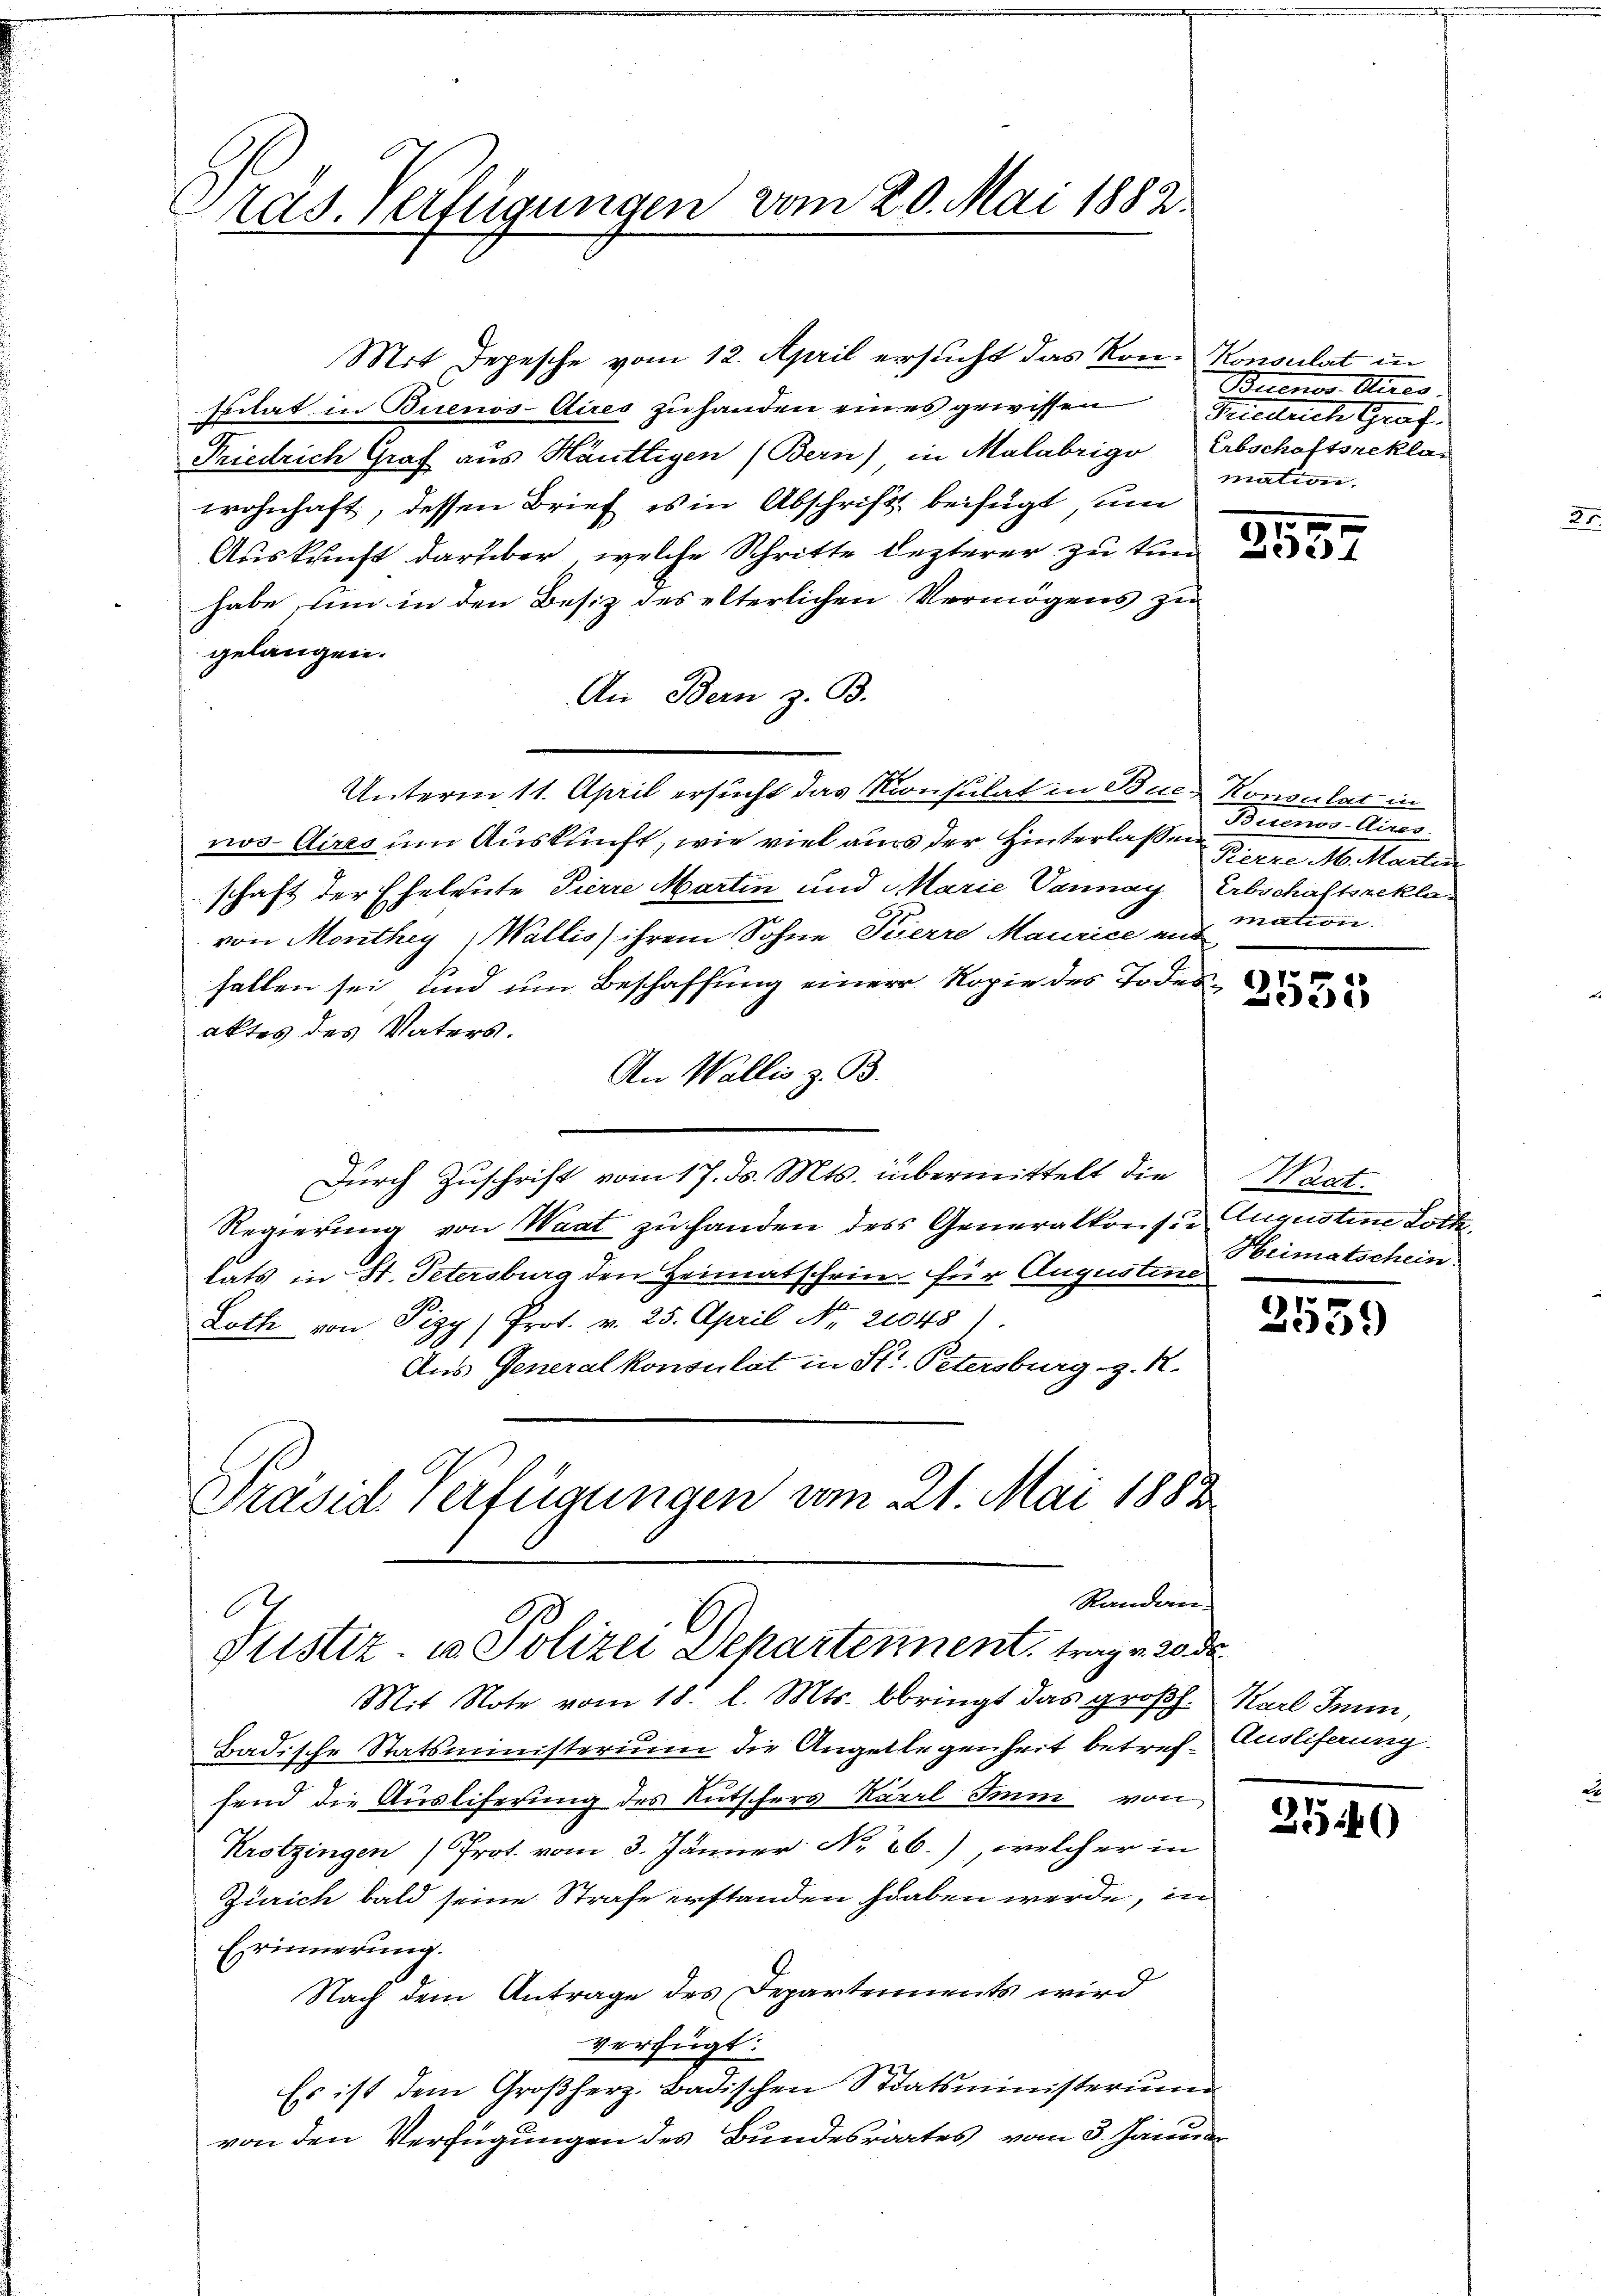
rad. Verfügungen vom 20. Mai 1882.

Mit Depesche vom 12. April ersucht das Kon- Konsulat in
spilat in Buenos-Aires zu handen eines gewissen Tiedrich Graf
Friedrich Graf aus Hauttigen (Bern) in Malabrige Erbschaftsreklawohnhaft, dessen Brief es in Abschrift beifügt un
Auskunft darüber, welche Schritte lezterer zu tun
habe um in den Besiz des elterlichen Vermögens zu
gelangen.
An Bern z. B.
Unterm 11. April ersucht das Konsulat in Buch Konsulat in
nos Aires um Auskunft, wie viel aus der Hinterlassen
schaft der Eheleute Pierre Martin und Marie Vannay Erbschaftsreklavon Monthey, Wallis ihrem Sohne Pierre Maurice aus
fallen sei, und um Beschaffung einer Kopie des Todesaktes des Vaters.
An Wallis z. B.
Durch Zuschrift vom 17. ds. Mts. übermittelt die
Regierung von Waat zu handen des Generalkonsin Augustine Loth,
tats in St. Petersburg den Heimatschein für Augustine
Loth von Pizy  Prot. v. 25. April Nr. 20048).
Aus Generalkonsulat in St. Petersburg z. R.
Präsid. Verfügungen vom 21. Mai 1883

Randan
6
Justiz in Polizei Departennent, trage 20 de

Bedenes, dies
mation.

Mit Note vom 18. l. Mts. bbringt das großh.
Badische Statsministerium die Angelegenheit betref- Ausliferung
fend die Ausliferung des Rutschers Karl Im von
Krotzingen) Prot. vom 3. Jänner No 26.), welcher in
Zürich bald seine Strafe erstanden haben werde, in
Erinnerung.
Nach dem Antrage des Departements wird
verfügt:
Es ist dem Großherz. Badischen Staatsministerium
von den Verfügungen des Bundesrates vom 3. Januar

21557

Buenos-Aires.
Berre M. Martin
mation.

2535

Wect.
Heimatschein

2539

Karl Sinn,

2540